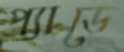
প্যাডে